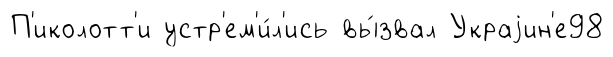
П'иколотт'и устр'ем'и́л'ись вы́звал Украjин'е98